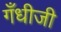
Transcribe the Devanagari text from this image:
गँधीजी